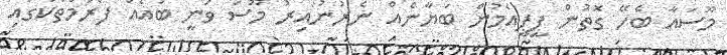
މޫސައާ ބެހޭ ގޮތުން ޕީޕީއެމުން ބަޔާނެއް ނެރުނުއިރު މޫސަ ވަނީ ބައެއް ފޯރަމްތަކުގައި